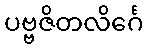
ပဗ္ဗဇိတလိင်္ဂေ